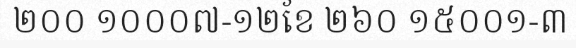
២០០ ១០០០៧-១២ខែ ២៦០ ១៥០០១-៣